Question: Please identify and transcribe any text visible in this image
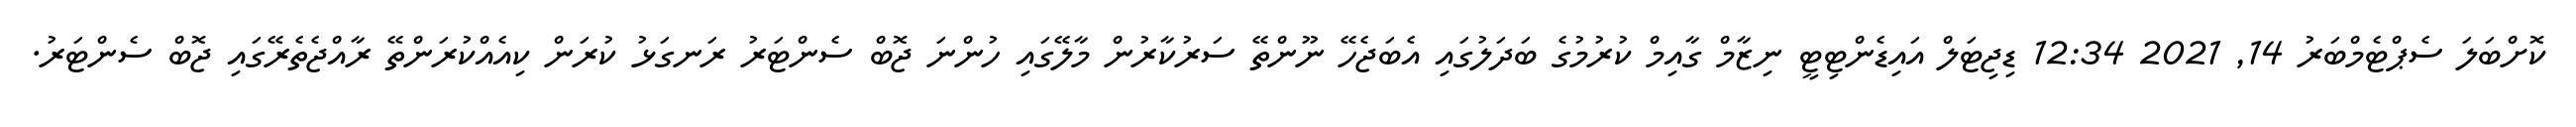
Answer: ކޮށްބަލަ ސެޕްޓެމްބަރު 14, 2021 12:34 ޑިޖިޓަލް އައިޑެންޓިޓީ ނިޒާމް ގާއިމް ކުރުމުގެ ބަދަލުގައި އެބަޖެހޭ ނޫންތޭ ސަރުކާރުން މާލޭގައި ހުންނަ ޖޮބް ސެންޓަރު ރަނގަޅު ކުރަން ކިއެއްކުރަންތޭ ރާއްޖެތެރޭގައި ޖޮބް ސެންޓަރު.